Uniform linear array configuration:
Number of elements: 48
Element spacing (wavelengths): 1
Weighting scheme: hamming
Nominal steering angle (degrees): -15
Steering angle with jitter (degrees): -15.607
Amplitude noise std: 0.05
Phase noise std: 0.05

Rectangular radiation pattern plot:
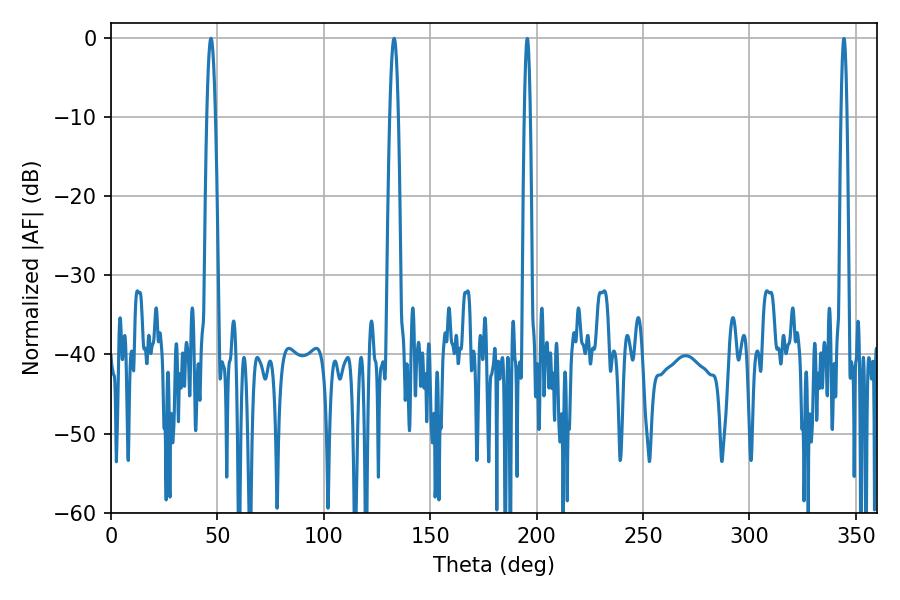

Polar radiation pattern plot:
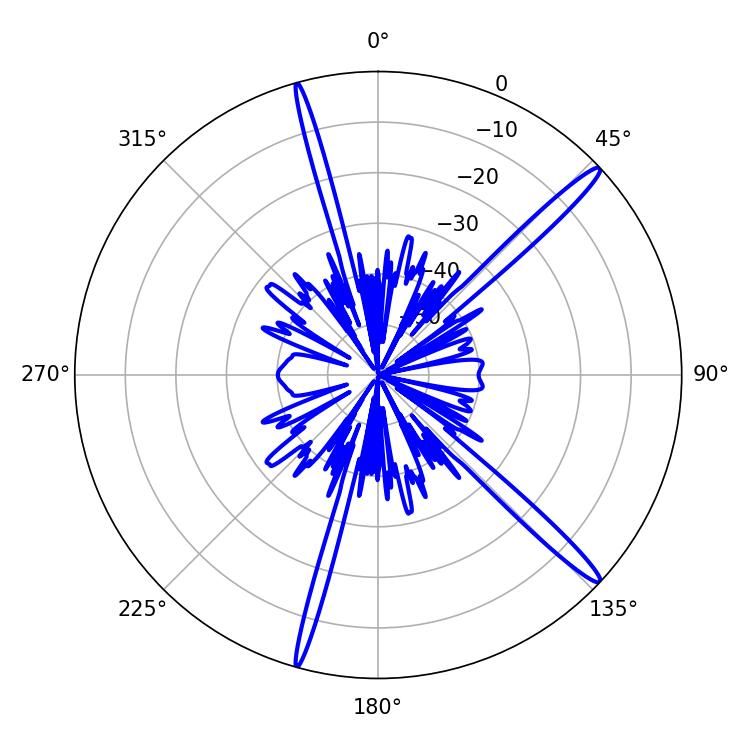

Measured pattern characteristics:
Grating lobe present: TRUE
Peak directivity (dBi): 16.384
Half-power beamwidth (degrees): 2.16
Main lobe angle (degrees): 46.98